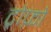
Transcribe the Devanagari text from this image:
ट्रोफ़ो